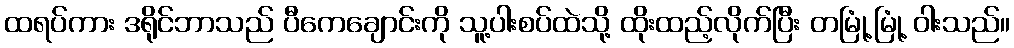
ထရပ်ကား ဒရိုင်ဘာသည် ပီကေချောင်းကို သူ့ပါးစပ်ထဲသို့ ထိုးထည့်လိုက်ပြီး တမြုံ့မြုံ့ ဝါးသည်။